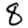
Digit: 8